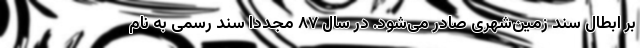
بر ابطال سند زمین‌شهری صادر می‌شود. در سال ۸۷ مجددا سند رسمی به نام